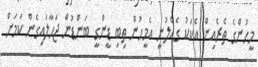
މީހުންގެ ތެރެއިން އެކަކު ގެއްލުނީ އެމީހުން ތިބި ޑީންގީ ބަންޑުން ޖަހާލައިގެން ކަމަށް